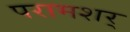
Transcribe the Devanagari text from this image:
परामशर्